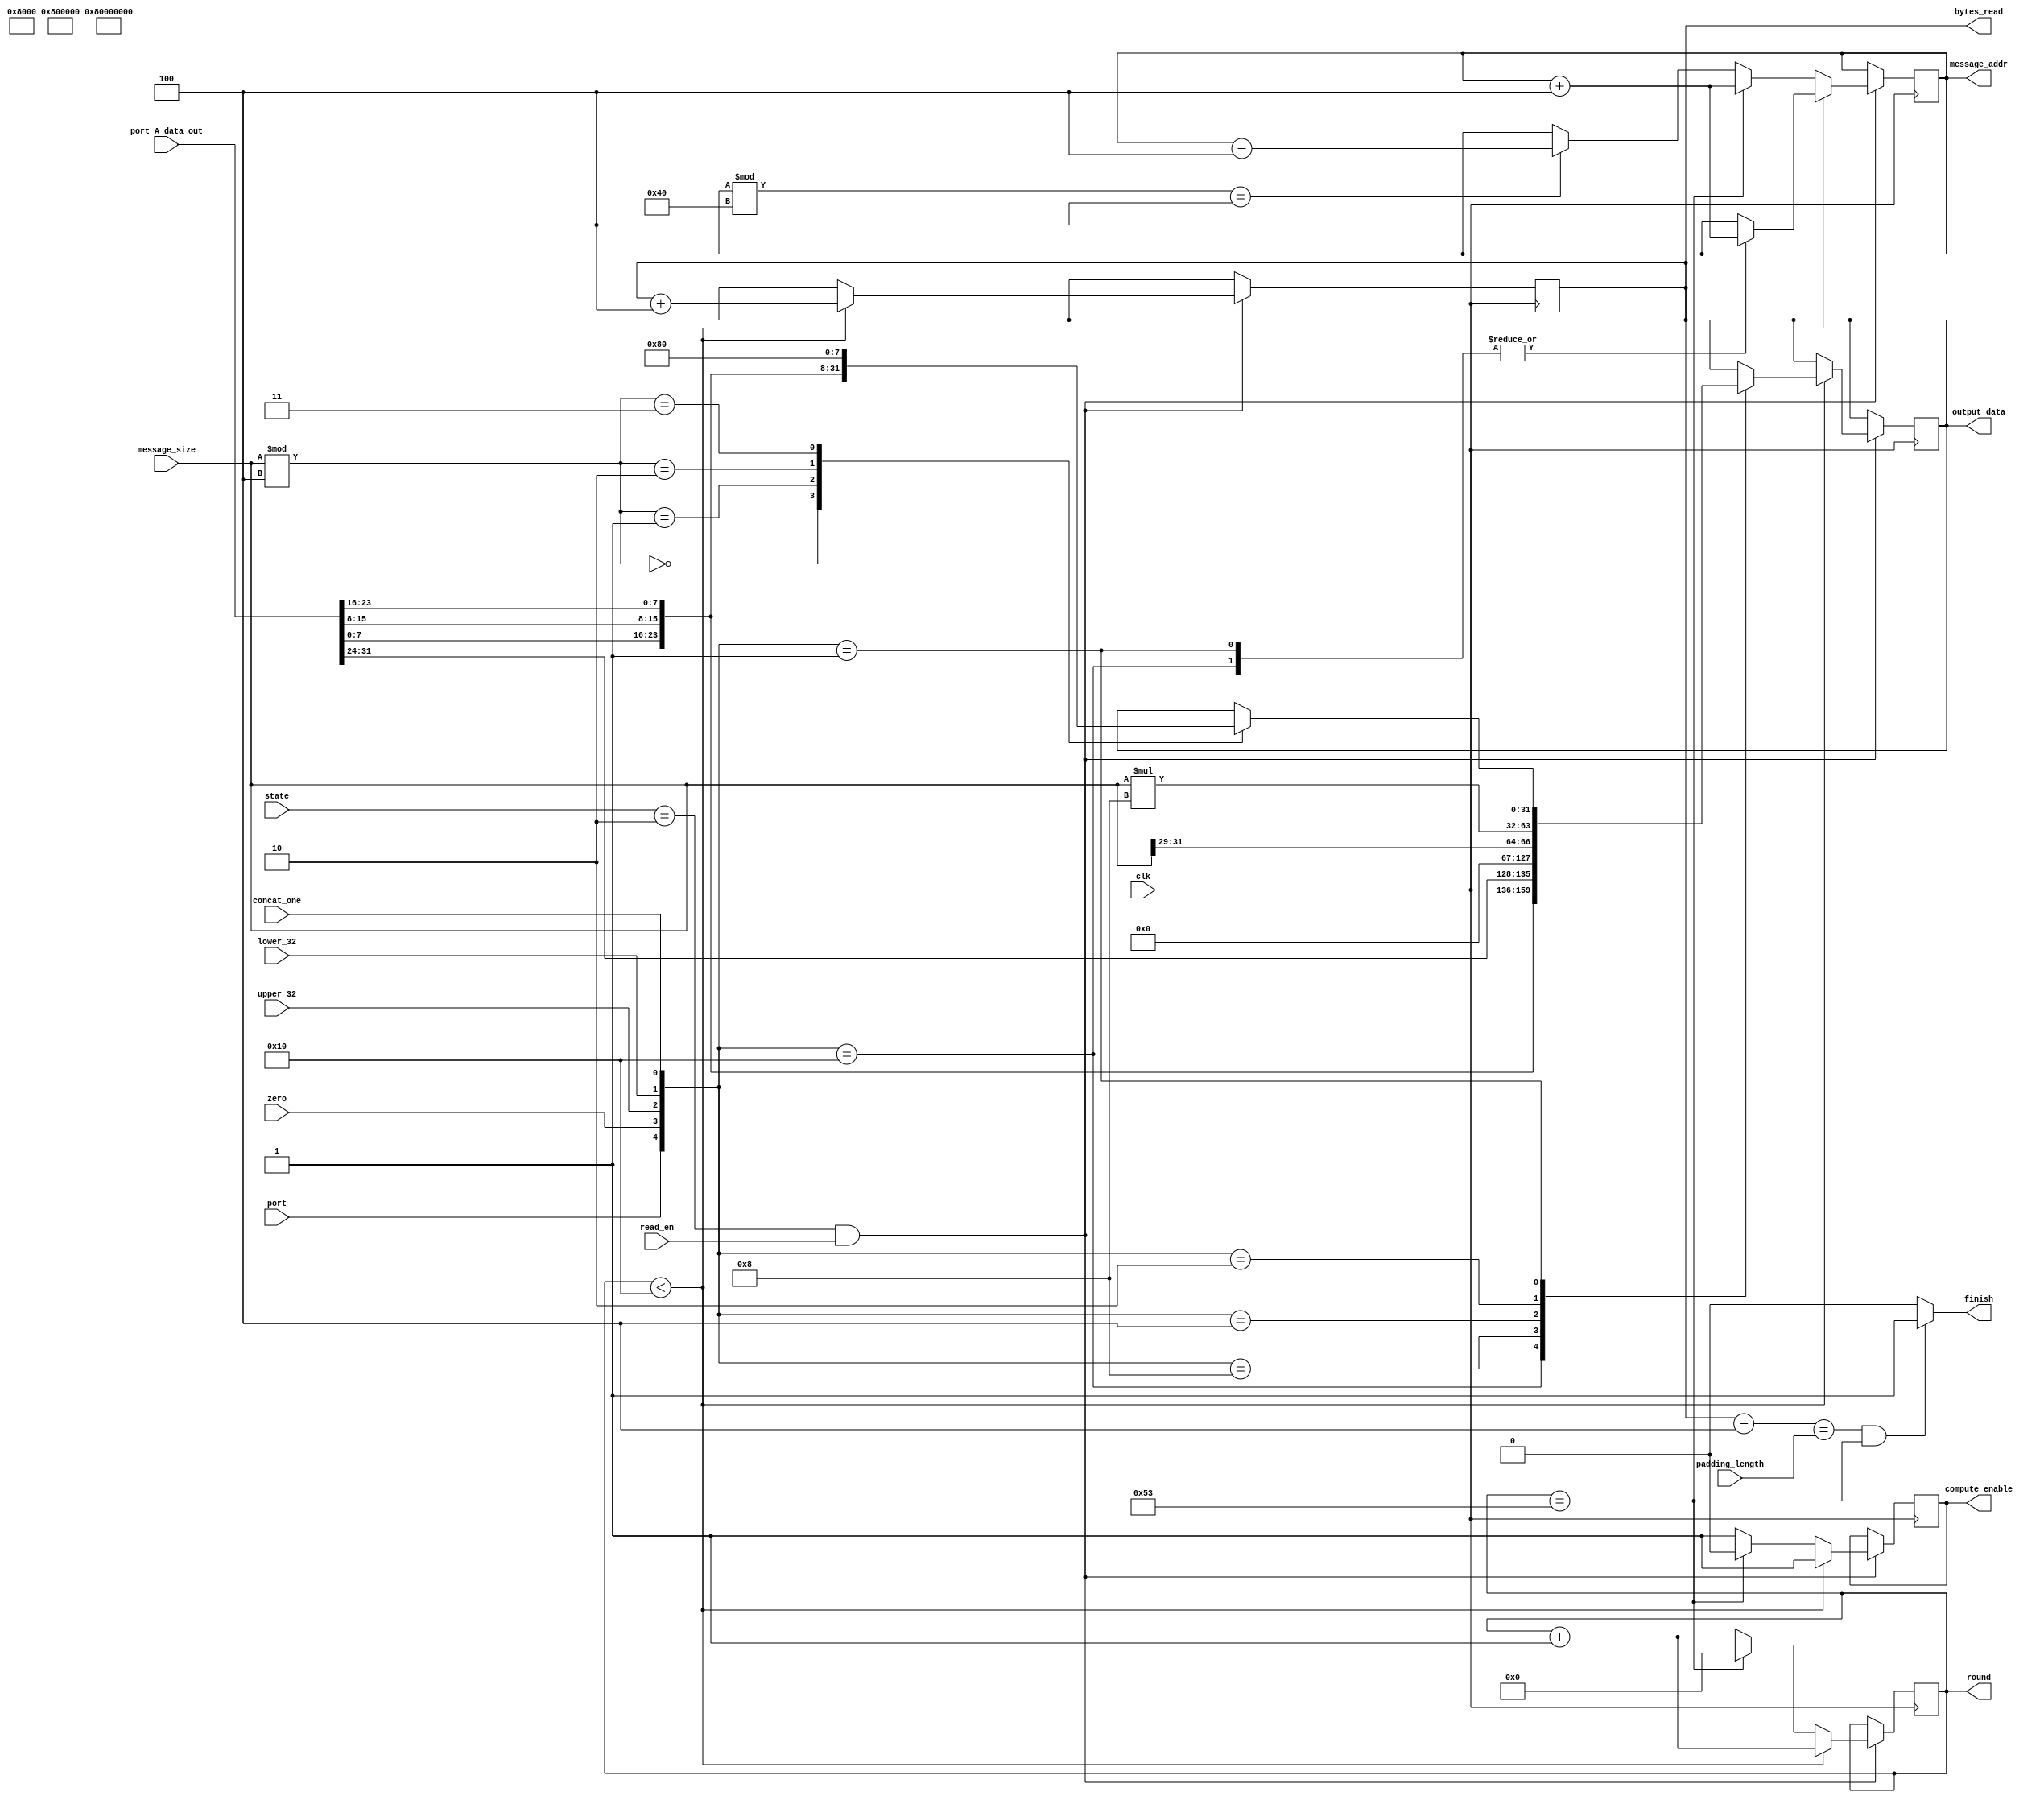
module SHA1_read_from_mem(
				 state,
				 clk,
				 port,
				 zero,
				 upper_32,
				 lower_32,
				 concat_one,
				 message_size,
				 read_en,
				 padding_length,
				 port_A_data_out,
				 output_data,
				 message_addr,
				 bytes_read,
				 round,
				 compute_enable,
				 finish
);

input clk;
input [1:0] state;
input [31:0] padding_length;
input [31:0] port_A_data_out;
input port;
input zero;
input upper_32;
input lower_32;
input concat_one;
input [31:0] message_size;
input read_en;

output [31:0] output_data;

output [7:0] round;
output [31:0] bytes_read;
output [15:0] message_addr;
output compute_enable;

output finish;

reg [31:0] data;
reg [7:0] r = 0;
reg [15:0] addr = 4;
reg comp_en;
reg done;
reg [31:0] read = 4;

assign output_data = data;
assign round = r;
assign finish = (read - 4 == padding_length && r == 83) ? 1 : 0;
assign bytes_read = read;
assign compute_enable = comp_en;
assign message_addr = addr;

always @(posedge clk)begin
	if(state == 2'b10 && read_en)begin
		comp_en <= 1;
		if(r < 16)begin
			case({port, zero, upper_32, lower_32, concat_one})
			5'b10000:
			begin
				data <= {port_A_data_out[7:0], port_A_data_out[15:8], port_A_data_out[23:16], port_A_data_out[31:24]};
				addr <= addr + 4;
			end
			
			5'b01000:
			begin
				data <= 32'h00000000;
			end
			
			5'b00100:
			begin
				data <= message_size >> 29;
			end
			
			5'b00010:
			begin
				data <= message_size * 8;
			end
			
			5'b00001:
			begin
				addr <= addr + 4;
				case((message_size) % 4)
				0:
				begin
					data <= 32'h80000000;
				end
				
				1:begin		
					data <= {port_A_data_out[7:0],24'h800000};
				 end
							
				2:begin
					data <= {port_A_data_out[7:0], port_A_data_out[15:8], 16'h8000};
				end
							  
				3:begin
					data <= {port_A_data_out[7:0], port_A_data_out[15:8], port_A_data_out[23:16], 8'h80};
				 end
				endcase
			end
			endcase
			read <= read + 4;
			r <= r + 1;
		end

		else if(r == 83)begin
			r <= 0;
			comp_en <= 0;
			addr <= addr + 4;
		end
		
		else begin
			r <= r + 1;
			if(addr % 64 == 4)begin
				addr <= addr - 4;
			end
			
			else begin
			
			end
		end
	end
	
	else begin
	
	end
end

endmodule